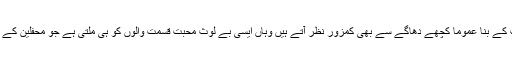
مادہ پرست اس دنیا میں جہاں خون کے رشتے بھی مطلب کے بنا عموما کچھے دھاگے سے بھی کمزور نظر آتے ہیں وہاں ایسی بے لوث محبت قسمت والوں کو ہی ملتی ہے جو محفلین کے دل میں (اختلاف کے باوجود) ایک دوسرے کے لیے ہے۔